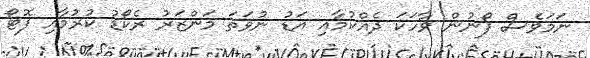
ނަމަވެސް ފޯނުން ވާހަކަ ދެއްކުމާއި އަޑު ނުވަތަ މަންޒަރު ރެކޯޑު ކުރުމާއި ފޮޓޯ